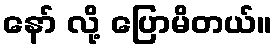
နော် လို့ ပြောမိတယ်။